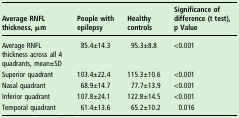
<table><thead><tr><td><b>Average RNFL thickness, μm</b></td><td><b>People with epilepsy</b></td><td><b>Healthy controls</b></td><td><b>Significance of difference (t test), p Value</b></td></tr></thead><tbody><tr><td>Average RNFL thickness across all 4 quadrants, mean±SD</td><td>85.4±14.3</td><td>95.3±8.8</td><td>&lt;0.001</td></tr><tr><td>Superior quadrant</td><td>103.4±22.4</td><td>115.3±10.6</td><td>&lt;0.001</td></tr><tr><td>Nasal quadrant</td><td>68.9±14.7</td><td>77.7±13.9</td><td>&lt;0.001</td></tr><tr><td>Inferior quadrant</td><td>107.8±24.1</td><td>122.8±14.5</td><td>&lt;0.001</td></tr><tr><td>Temporal quadrant</td><td>61.4±13.6</td><td>65.2±10.2</td><td>0.016</td></tr></tbody></table>